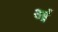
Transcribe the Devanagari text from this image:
र्आ